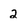
Character: 2